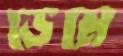
ডেমে